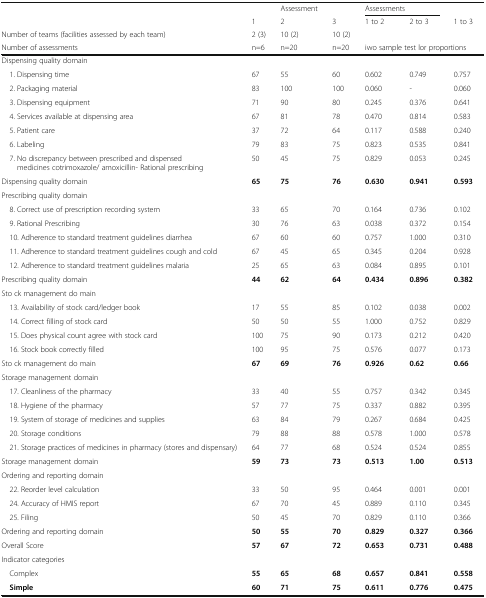
<table><thead><tr><td></td><td></td><td><b>Assessment</b></td><td></td><td colspan="2"><b>Assessments</b></td><td></td></tr><tr><td></td><td><b>1</b></td><td><b>2</b></td><td><b>3</b></td><td><b>1 to 2</b></td><td><b>2 to 3</b></td><td><b>1 to 3</b></td></tr><tr><td><b>Number of teams (facilities assessed by each team)</b></td><td><b>2 (3)</b></td><td><b>10 (2)</b></td><td><b>10 (2)</b></td><td></td><td></td><td></td></tr><tr><td><b>Number of assessments</b></td><td><b>n=6</b></td><td><b>n=20</b></td><td><b>n=20</b></td><td colspan="3"><b>iwo sample test lor proportions</b></td></tr></thead><tbody><tr><td colspan="7">Dispensing quality domain</td></tr><tr><td> 1. Dispensing time</td><td>67</td><td>55</td><td>60</td><td>0.602</td><td>0.749</td><td>0.757</td></tr><tr><td> 2. Packaging material</td><td>83</td><td>100</td><td>100</td><td>0.060</td><td>-</td><td>0.060</td></tr><tr><td> 3. Dispensing equipment</td><td>71</td><td>90</td><td>80</td><td>0.245</td><td>0.376</td><td>0.641</td></tr><tr><td> 4. Services available at dispensing area</td><td>67</td><td>81</td><td>78</td><td>0.470</td><td>0.814</td><td>0.583</td></tr><tr><td> 5. Patient care</td><td>37</td><td>72</td><td>64</td><td>0.117</td><td>0.588</td><td>0.240</td></tr><tr><td> 6. Labeling</td><td>79</td><td>83</td><td>75</td><td>0.823</td><td>0.535</td><td>0.841</td></tr><tr><td> 7. No discrepancy between prescribed and dispensed medicines cotrimoxazole/ amoxicillin- Rational prescribing</td><td>50</td><td>45</td><td>75</td><td>0.829</td><td>0.053</td><td>0.245</td></tr><tr><td>Dispensing quality domain</td><td><b>65</b></td><td><b>75</b></td><td><b>76</b></td><td><b>0.630</b></td><td><b>0.941</b></td><td><b>0.593</b></td></tr><tr><td colspan="7">Prescribing quality domain</td></tr><tr><td> 8. Correct use of prescription recording system</td><td>33</td><td>65</td><td>70</td><td>0.164</td><td>0.736</td><td>0.102</td></tr><tr><td> 9. Rational Prescribing</td><td>30</td><td>76</td><td>63</td><td>0.038</td><td>0.372</td><td>0.154</td></tr><tr><td> 10. Adherence to standard treatment guidelines diarrhea</td><td>67</td><td>60</td><td>60</td><td>0.757</td><td>1.000</td><td>0.310</td></tr><tr><td> 11. Adherence to standard treatment guidelines cough and cold</td><td>67</td><td>45</td><td>65</td><td>0.345</td><td>0.204</td><td>0.928</td></tr><tr><td> 12. Adherence to standard treatment guidelines malaria</td><td>25</td><td>65</td><td>63</td><td>0.084</td><td>0.895</td><td>0.101</td></tr><tr><td>Prescribing quality domain</td><td><b>44</b></td><td><b>62</b></td><td><b>64</b></td><td><b>0.434</b></td><td><b>0.896</b></td><td><b>0.382</b></td></tr><tr><td colspan="7">Sto ck management do main</td></tr><tr><td> 13. Availability of stock card/ledger book</td><td>17</td><td>55</td><td>85</td><td>0.102</td><td>0.038</td><td>0.002</td></tr><tr><td> 14. Correct filling of stock card</td><td>50</td><td>50</td><td>55</td><td>1.000</td><td>0.752</td><td>0.829</td></tr><tr><td> 15. Does physical count agree with stock card</td><td>100</td><td>75</td><td>90</td><td>0.173</td><td>0.212</td><td>0.420</td></tr><tr><td> 16. Stock book correctly filled</td><td>100</td><td>95</td><td>75</td><td>0.576</td><td>0.077</td><td>0.173</td></tr><tr><td>Sto ck management do main</td><td><b>67</b></td><td><b>69</b></td><td><b>76</b></td><td><b>0.926</b></td><td><b>0.62</b></td><td><b>0.66</b></td></tr><tr><td colspan="7">Storage management domain</td></tr><tr><td> 17. Cleanliness of the pharmacy</td><td>33</td><td>40</td><td>55</td><td>0.757</td><td>0.342</td><td>0.345</td></tr><tr><td> 18. Hygiene of the pharmacy</td><td>57</td><td>77</td><td>75</td><td>0.337</td><td>0.882</td><td>0.395</td></tr><tr><td> 19. System of storage of medicines and supplies</td><td>63</td><td>84</td><td>79</td><td>0.267</td><td>0.684</td><td>0.425</td></tr><tr><td> 20. Storage conditions</td><td>79</td><td>88</td><td>88</td><td>0.578</td><td>1.000</td><td>0.578</td></tr><tr><td> 21. Storage practices of medicines in pharmacy (stores and dispensary)</td><td>64</td><td>77</td><td>68</td><td>0.524</td><td>0.524</td><td>0.855</td></tr><tr><td>Storage management domain</td><td><b>59</b></td><td><b>73</b></td><td><b>73</b></td><td><b>0.513</b></td><td><b>1.00</b></td><td><b>0.513</b></td></tr><tr><td colspan="7">Ordering and reporting domain</td></tr><tr><td> 22. Reorder level calculation</td><td>33</td><td>50</td><td>95</td><td>0.464</td><td>0.001</td><td>0.001</td></tr><tr><td> 24. Accuracy of HMIS report</td><td>67</td><td>70</td><td>45</td><td>0.889</td><td>0.110</td><td>0.345</td></tr><tr><td> 25. Filing</td><td>50</td><td>45</td><td>70</td><td>0.829</td><td>0.110</td><td>0.366</td></tr><tr><td>Ordering and reporting domain</td><td><b>50</b></td><td><b>55</b></td><td><b>70</b></td><td><b>0.829</b></td><td><b>0.327</b></td><td><b>0.366</b></td></tr><tr><td>Overall Score</td><td><b>57</b></td><td><b>67</b></td><td><b>72</b></td><td><b>0.653</b></td><td><b>0.731</b></td><td><b>0.488</b></td></tr><tr><td colspan="7">Indicator categories</td></tr><tr><td> Complex</td><td><b>55</b></td><td><b>65</b></td><td><b>68</b></td><td><b>0.657</b></td><td><b>0.841</b></td><td><b>0.558</b></td></tr><tr><td> <b>Simple</b></td><td><b>60</b></td><td><b>71</b></td><td><b>75</b></td><td><b>0.611</b></td><td><b>0.776</b></td><td><b>0.475</b></td></tr></tbody></table>